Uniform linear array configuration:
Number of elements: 32
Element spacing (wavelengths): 1
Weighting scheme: cosine
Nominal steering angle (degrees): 45
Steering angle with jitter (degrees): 46.23
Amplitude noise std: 0.05
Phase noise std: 0.05

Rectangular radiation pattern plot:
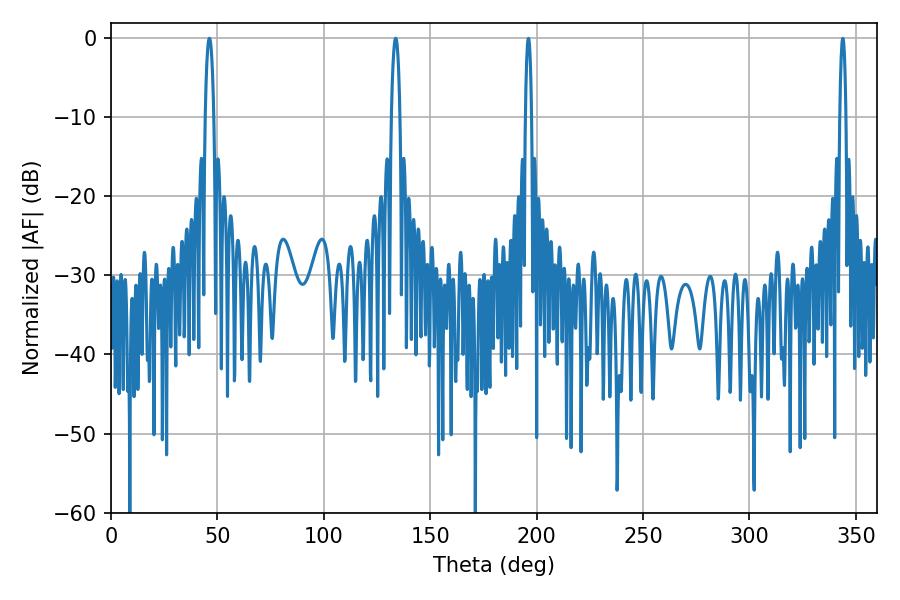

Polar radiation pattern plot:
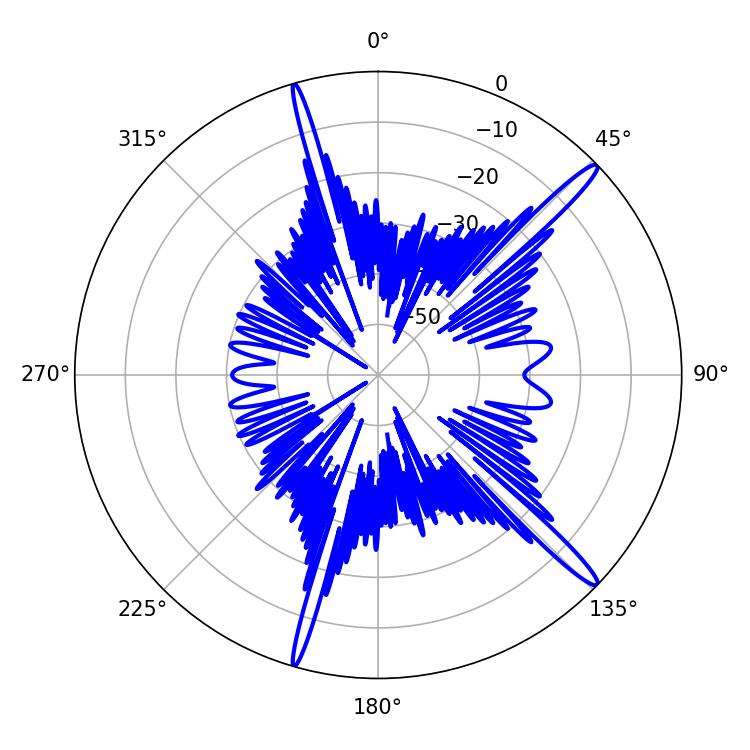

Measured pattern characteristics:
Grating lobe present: TRUE
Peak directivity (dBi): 16.218
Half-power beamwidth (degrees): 2.16
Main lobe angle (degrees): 46.26